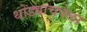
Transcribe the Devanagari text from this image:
थोड्याचवेळा